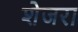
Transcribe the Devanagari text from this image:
शेजरा